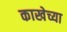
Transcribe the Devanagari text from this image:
काखेच्या